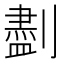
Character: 𪟖